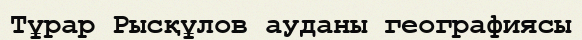
Тұрар Рысқұлов ауданы географиясы